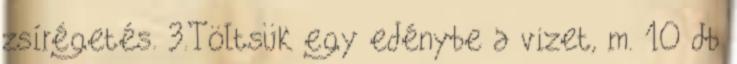
zsírégetés. 3.Töltsük egy edénybe a vizet, m. 10 db